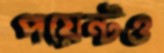
পয়েন্টও